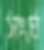
সংর্ঘ